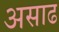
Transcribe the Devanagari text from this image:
असाढ